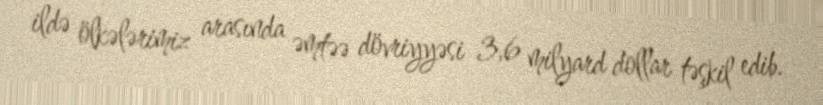
ildə ölkələrimiz arasında əmtəə dövriyyəsi 3,6 milyard dollar təşkil edib.